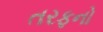
તરફનો